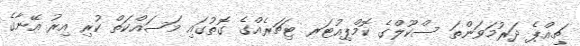
ޗިއްޕެ ދަރުމަވަންތަ ސްކޫލްގެ ކޮމްޕިއުޓަރ ޓިޗަރެއްގެ ގޮތުގައި މަސައްކަތް ކުރި އިރު އޭނާގެ